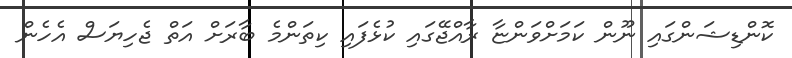
ކޮންޑިޝަންގައި ނޫން ކަމަށްވަންޏާ ރާއްޖޭގައި ކުޅެފައި ކިތަންމެ ބާރަށް އަތް ޖެހިޔަސް އެހެން